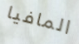
المافيا